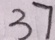
3 7